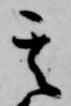
其